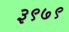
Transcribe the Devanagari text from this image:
३९७९